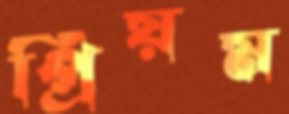
প্রিয়ম